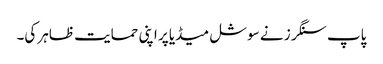
پاپ سنگرز نے سوشل میڈیا پر اپنی حمایت ظاہر کی۔